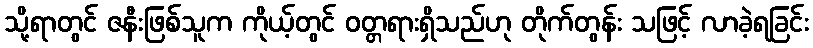
သို့ရာတွင် ဇနီးဖြစ်သူက ကိုယ့်တွင် ဝတ္တရားရှိသည်ဟု တိုက်တွန်း သဖြင့် လာခဲ့ရခြင်း